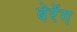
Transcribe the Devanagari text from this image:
बेरेंग